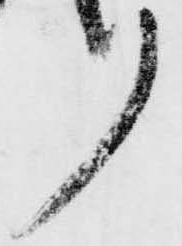
ノ